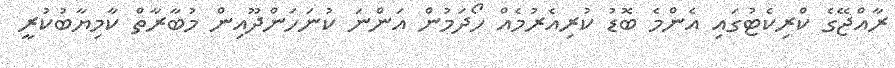
ރާއްޖޭގެ ކްރިކެޓުގައި އެންމެ ބޮޑު ކުރިއެރުމެއް ހޯދަމުން އަންނަ ކުނަހަންދޫއިން މުބާރާތް ކާމިޔާބުކުރީ